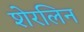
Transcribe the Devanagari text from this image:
शेरलिन